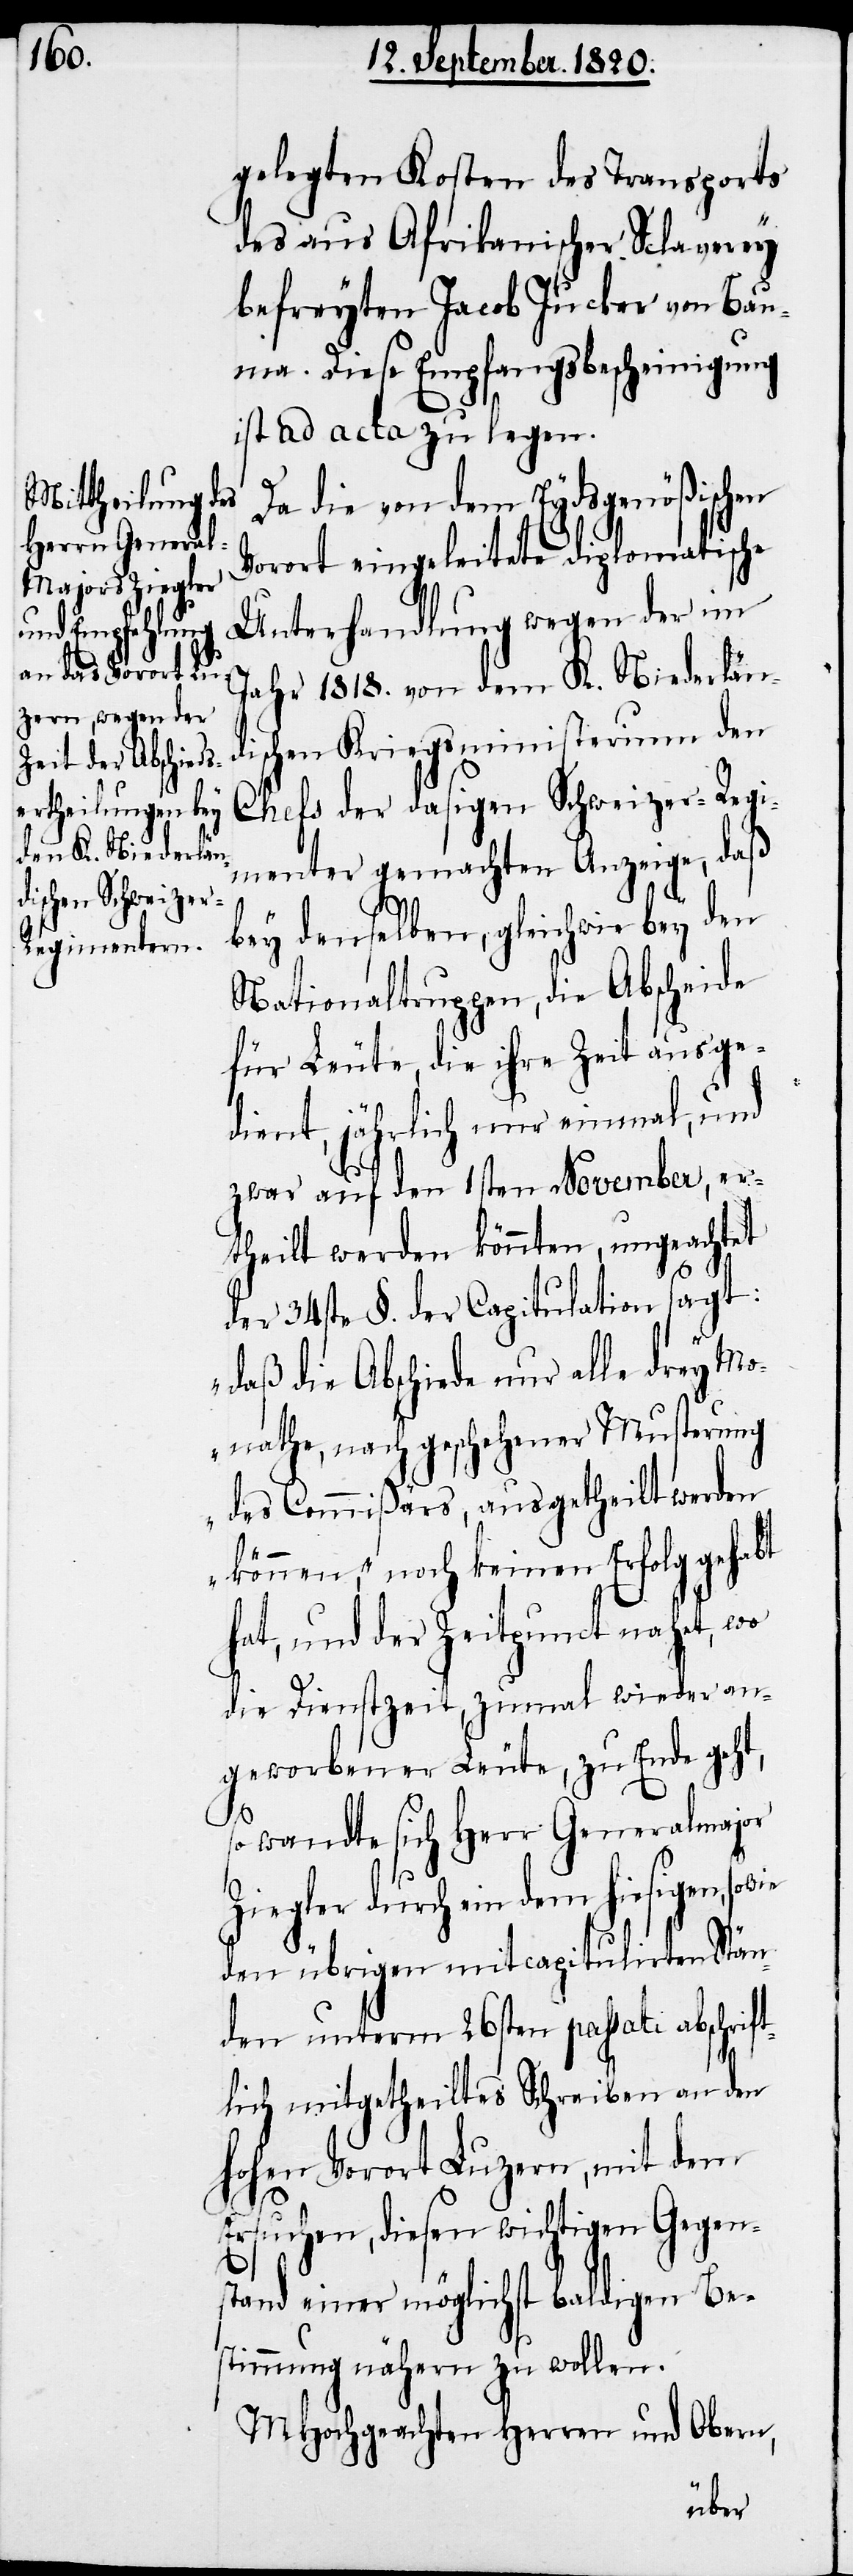
gelegten Kosten des Transports
des aus Afrikanischer Sclaverey
befreyten Jacob Jucker von Bau¬
ma. Diese Empfangsbescheinigung
ist ad acta zu legen.
Da die von dem Eydsgenößischen
Vorort eingeleitete diplomatische
Unterhandlung wegen der im
Jahr 1818. von dem K. Niederländ¬
ischen Kriegsministerium den
Chefs der dasigen Schweizer-Regi¬
menter gemachten Anzeige, daß
bey denselben, gleichwie bey den
Nationaltruppen, die Abscheide
für Leute, die ihre Zeit ausge¬
dient, jährlich nur einmal, und
zwar auf den 1sten November, er¬
theilt werden könnten, ungeachtet
der 34ste §. der Capitulation sagt:
„daß die Abschiede nur alle drey Mo¬
nathe, nach geschehener Musterung
des Comißärs, ausgetheilt werden
können“, noch keinen Erfolg gehabt
hat, und der Zeitpunct nahet, wo
die Dienstzeit, zumal wieder an¬
geworbener Leute, zu Ende geht,
so wandle sich Herr Generalmajor
Ziegler durch ein dem hiesigen,
den übrigen mit capitulirten Stän¬
den unterm 26sten passati abschrift¬
lich mitgetheiltes Schreiben an den
hohen Vorort Luzern, mit dem
Ersuchen, diesen wichtigen Gegen¬
stand einer möglichst baldigen Be¬
stimmung nähern zu wollen.
MHochgeachten Herren und Obern,